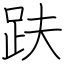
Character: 趺